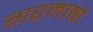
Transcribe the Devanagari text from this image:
गरमाष्ठो